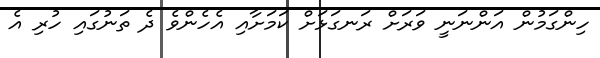
ހިންގަމުން އަންނަނީ ވަރަށް ރަނގަޅަށް ކަމަށާއި އެހެންވެ ދެ ތަނުގައި ހުރި އެ